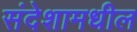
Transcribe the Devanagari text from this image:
संदेशामधील